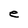
Character: e